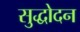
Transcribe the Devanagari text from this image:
सुद्धोदन